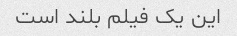
این یک فیلم بلند است